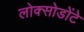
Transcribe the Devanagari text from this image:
लोक्सोडोंटे